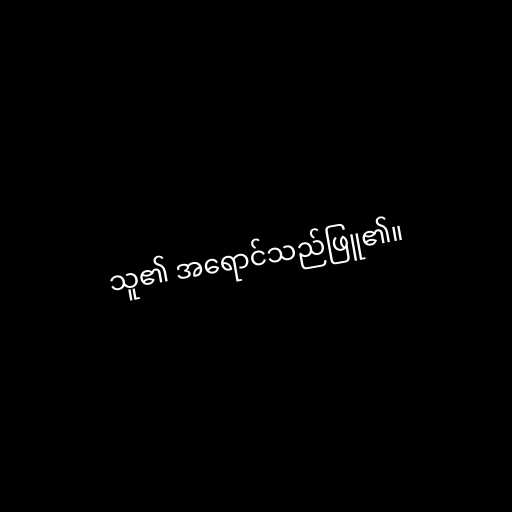
သူ၏ အရောင်သည်ဖြူ၏။